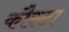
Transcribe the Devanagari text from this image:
कौस्टा